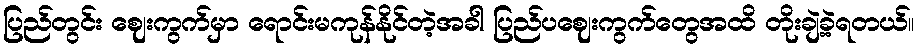
ပြည်တွင်း ဈေးကွက်မှာ ရောင်းမကုန်နိုင်တဲ့အခါ ပြည်ပဈေးကွက်တွေအထိ တိုးချဲ့ခဲ့ရတယ်။